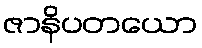
ဇာနိပတယော